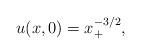
LaTeX: \begin{align*}u(x,0)=x_+^{-3/2},\end{align*}